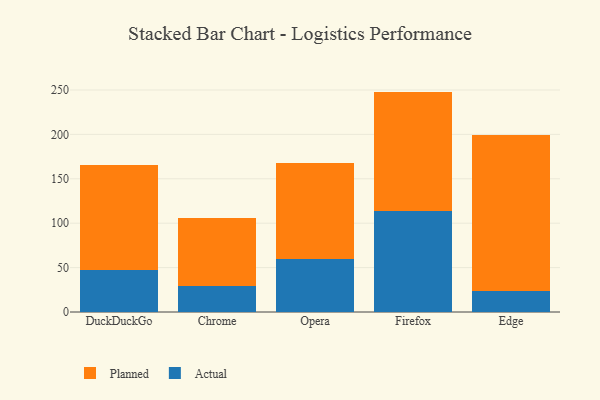
{"axis": {"x": "Browser", "y": "Humidity (%)"}, "legend": ["Actual", "Planned"], "data": [{"x": "DuckDuckGo", "y": 47.4, "type": "Actual"}, {"x": "DuckDuckGo", "y": 118.5, "type": "Planned"}, {"x": "Chrome", "y": 29.3, "type": "Actual"}, {"x": "Chrome", "y": 76.5, "type": "Planned"}, {"x": "Opera", "y": 59.4, "type": "Actual"}, {"x": "Opera", "y": 108.3, "type": "Planned"}, {"x": "Firefox", "y": 113.2, "type": "Actual"}, {"x": "Firefox", "y": 135.0, "type": "Planned"}, {"x": "Edge", "y": 24.2, "type": "Actual"}, {"x": "Edge", "y": 175.2, "type": "Planned"}]}